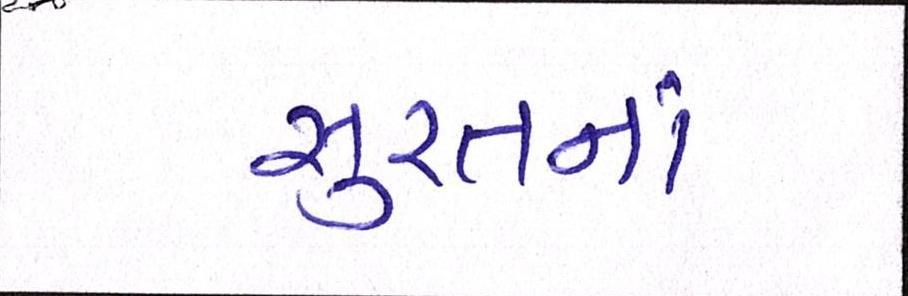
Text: સુરતનાં